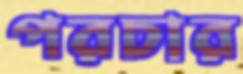
পরচার